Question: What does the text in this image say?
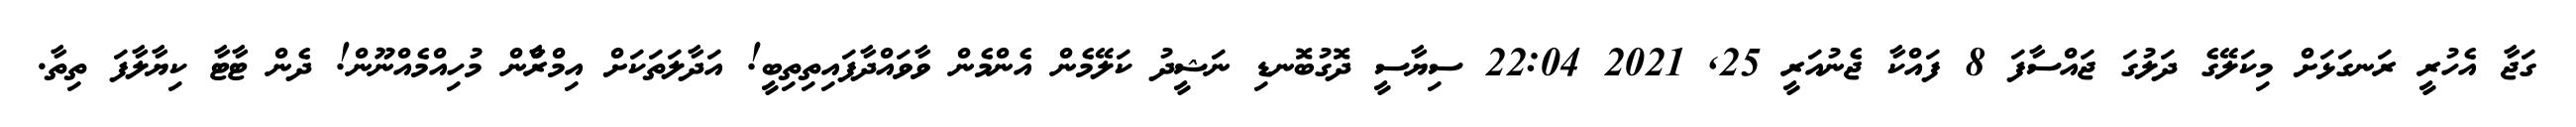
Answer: ގަޖާ އެހުރީ ރަނގަޅަށް މިކަލޭގެ ދަލުގަ ޖައްސާފަ 8 ފައްކާ ޖެނުއަރީ 25, 2021 22:04 ސިޔާސީ ދޮގުބޮނޑި ނަޝީދު ކަލޭމެން އެންމެން ވާވައްދާފައިތިތިބީ! އަދާލަތަކަށް އިމްރާްން މުހިއްމެއްނޫން! ދެން ޓާޓާ ކިޔާލާފަ ތިތާ.